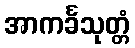
အာကင်္ခသုတ္တံ